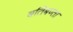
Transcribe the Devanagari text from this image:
बतिबण्ता